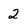
Character: 2